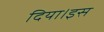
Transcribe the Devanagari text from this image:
दिया।इस